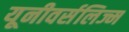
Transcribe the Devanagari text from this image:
यूनीवर्सलिज्म